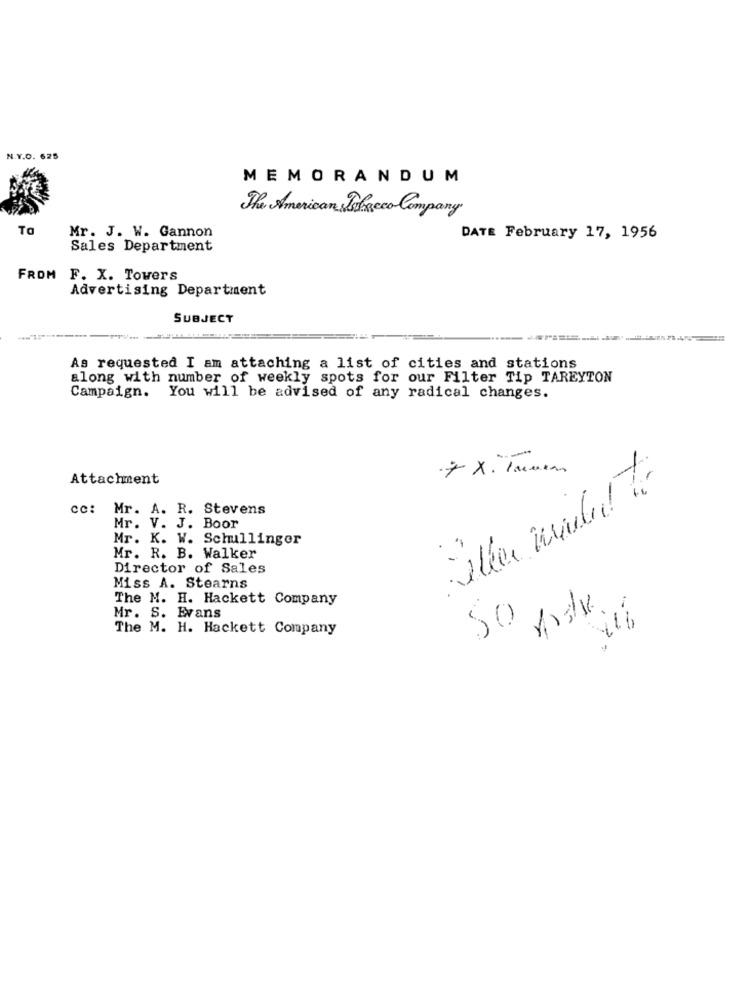
N.Y.O. 625
MEMORANDUM
The American Tobacco Company
Ta
Mr. J. W. Gannon
DATE February 17, 1956
Sales Department
FROM F. X. Towers
Advertising Department
SUBJECT
As requested I am attaching a list of cities and stations
along with number of weekly spots for our Filter Tip TAREYTON
Campaign. You will be advised of any radical changes.
+ X. lamen
Attachment
Eller Wade!
cc:
Mr. A. R. Stevens
Mr. V. J. Boor
Mr. K. W. Schullinger
Mr. R. B. Walker
Director of Sales
Miss A. Stearns
The M. H. Hackett Company
Mr. S. Evans
50
The M. H. Hackett Company